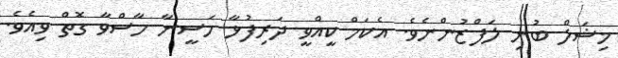
މިޝަލް ބުނި ލަފްޒުންނެވެ. އެކަމް ކީއްވީ ދަރިފުޅާ ހަސީނާ ހާސްވާ ގޮތް ވިއެވެ.